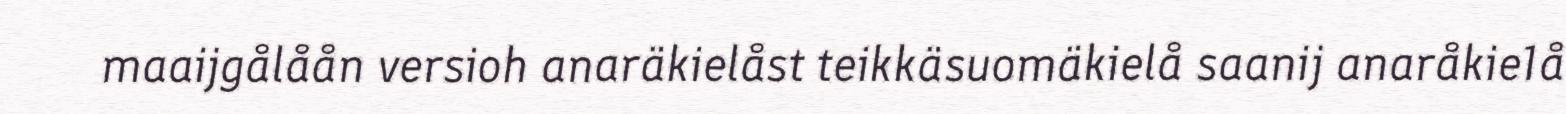
maaijgålåån versioh anaräkielåst teikkäsuomäkielå saanij anaråkie1å